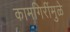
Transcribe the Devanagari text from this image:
कामगिरींमुळे